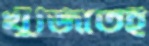
খুঁজিতেই